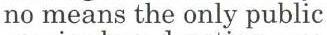
no means the only public